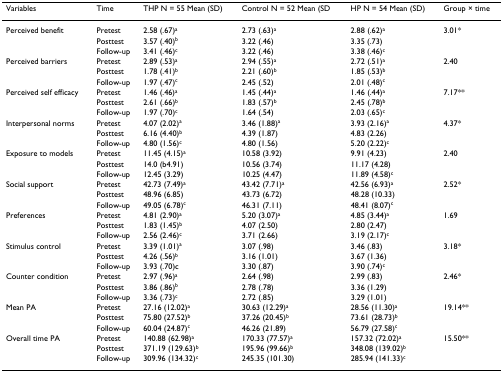
<table><thead><tr><td><b>Variables</b></td><td><b>Time</b></td><td><b>THP N = 55 Mean (SD)</b></td><td><b>Control N = 52 Mean (SD</b></td><td><b>HP N = 54 Mean (SD)</b></td><td><b>Group × time</b></td></tr></thead><tbody><tr><td>Perceived benefit</td><td>Pretest</td><td>2.58 (.67)<sup>a</sup></td><td>2.73 (.63)<sup>a</sup></td><td>2.88 (.62)<sup>a</sup></td><td>3.01*</td></tr><tr><td>[EMPTY_CELL]</td><td>Posttest</td><td>3.57 (.40)<sup>b</sup></td><td>3.22 (.46)</td><td>3.35 (.73)</td><td>[EMPTY_CELL]</td></tr><tr><td>[EMPTY_CELL]</td><td>Follow-up</td><td>3.41 (.46)<sup>c</sup></td><td>3.22 (.46)</td><td>3.38 (.46)<sup>c</sup></td><td>[EMPTY_CELL]</td></tr><tr><td>Perceived barriers</td><td>Pretest</td><td>2.89 (.53)<sup>a</sup></td><td>2.94 (.55)<sup>a</sup></td><td>2.72 (.51)<sup>a</sup></td><td>2.40</td></tr><tr><td>[EMPTY_CELL]</td><td>Posttest</td><td>1.78 (.41)<sup>b</sup></td><td>2.21 (.60)<sup>b</sup></td><td>1.85 (.53)<sup>b</sup></td><td>[EMPTY_CELL]</td></tr><tr><td>[EMPTY_CELL]</td><td>Follow-up</td><td>1.97 (.47)<sup>c</sup></td><td>2.45 (.52)</td><td>2.01 (.48)<sup>c</sup></td><td>[EMPTY_CELL]</td></tr><tr><td>Perceived self efficacy</td><td>Pretest</td><td>1.46 (.46)<sup>a</sup></td><td>1.45 (.44)<sup>a</sup></td><td>1.46 (.44)<sup>a</sup></td><td>7.17**</td></tr><tr><td>[EMPTY_CELL]</td><td>Posttest</td><td>2.61 (.66)<sup>b</sup></td><td>1.83 (.57)<sup>b</sup></td><td>2.45 (.78)<sup>b</sup></td><td>[EMPTY_CELL]</td></tr><tr><td>[EMPTY_CELL]</td><td>Follow-up</td><td>1.97 (.70)<sup>c</sup></td><td>1.64 (.54)</td><td>2.03 (.65)<sup>c</sup></td><td>[EMPTY_CELL]</td></tr><tr><td>Interpersonal norms</td><td>Pretest</td><td>4.07 (2.02)<sup>a</sup></td><td>3.46 (1.88)<sup>a</sup></td><td>3.93 (2.16)<sup>a</sup></td><td>4.37*</td></tr><tr><td>[EMPTY_CELL]</td><td>Posttest</td><td>6.16 (4.40)<sup>b</sup></td><td>4.39 (1.87)</td><td>4.83 (2.26)</td><td>[EMPTY_CELL]</td></tr><tr><td>[EMPTY_CELL]</td><td>Follow-up</td><td>4.80 (1.56)<sup>c</sup></td><td>4.80 (1.56)</td><td>5.20 (2.22)<sup>c</sup></td><td>[EMPTY_CELL]</td></tr><tr><td>Exposure to models</td><td>Pretest</td><td>11.45 (4.15)<sup>a</sup></td><td>10.58 (3.92)</td><td>9.91 (4.23)</td><td>2.40</td></tr><tr><td>[EMPTY_CELL]</td><td>Posttest</td><td>14.0 (b4.91)</td><td>10.56 (3.74)</td><td>11.17 (4.28)</td><td>[EMPTY_CELL]</td></tr><tr><td>[EMPTY_CELL]</td><td>Follow-up</td><td>12.45 (3.29)</td><td>10.25 (4.47)</td><td>11.89 (4.58)<sup>c</sup></td><td>[EMPTY_CELL]</td></tr><tr><td>Social support</td><td>Pretest</td><td>42.73 (7.49)<sup>a</sup></td><td>43.42 (7.71)<sup>a</sup></td><td>42.56 (6.93)<sup>a</sup></td><td>2.52*</td></tr><tr><td>[EMPTY_CELL]</td><td>Posttest</td><td>48.96 (6.85)</td><td>43.73 (6.72)</td><td>48.28 (10.33)</td><td>[EMPTY_CELL]</td></tr><tr><td>[EMPTY_CELL]</td><td>Follow-up</td><td>49.05 (6.78)<sup>c</sup></td><td>46.31 (7.11)</td><td>48.41 (8.07)<sup>c</sup></td><td>[EMPTY_CELL]</td></tr><tr><td>Preferences</td><td>Pretest</td><td>4.81 (2.90)<sup>a</sup></td><td>5.20 (3.07)<sup>a</sup></td><td>4.85 (3.44)<sup>a</sup></td><td>1.69</td></tr><tr><td>[EMPTY_CELL]</td><td>Posttest</td><td>1.83 (1.45)<sup>b</sup></td><td>4.07 (2.50)</td><td>2.80 (2.47)</td><td>[EMPTY_CELL]</td></tr><tr><td>[EMPTY_CELL]</td><td>Follow-up</td><td>2.56 (2.46)<sup>c</sup></td><td>3.71 (2.66)</td><td>3.19 (2.17)<sup>c</sup></td><td>[EMPTY_CELL]</td></tr><tr><td>Stimulus control</td><td>Pretest</td><td>3.39 (1.01)<sup>a</sup></td><td>3.07 (.98)</td><td>3.46 (.83)</td><td>3.18*</td></tr><tr><td>[EMPTY_CELL]</td><td>Posttest</td><td>4.26 (.56)<sup>b</sup></td><td>3.16 (1.01)</td><td>3.67 (1.36)</td><td>[EMPTY_CELL]</td></tr><tr><td>[EMPTY_CELL]</td><td>Follow-up</td><td>3.93 (.70)c</td><td>3.30 (.87)</td><td>3.90 (.74)<sup>c</sup></td><td>[EMPTY_CELL]</td></tr><tr><td>Counter condition</td><td>Pretest</td><td>2.97 (.96)<sup>a</sup></td><td>2.64 (.98)</td><td>2.99 (.83)</td><td>2.46*</td></tr><tr><td>[EMPTY_CELL]</td><td>Posttest</td><td>3.86 (.86)<sup>b</sup></td><td>2.78 (.78)</td><td>3.36 (1.29)</td><td>[EMPTY_CELL]</td></tr><tr><td>[EMPTY_CELL]</td><td>Follow-up</td><td>3.36 (.73)<sup>c</sup></td><td>2.72 (.85)</td><td>3.29 (1.01)</td><td>[EMPTY_CELL]</td></tr><tr><td>Mean PA</td><td>Pretest</td><td>27.16 (12.02)<sup>a</sup></td><td>30.63 (12.29)<sup>a</sup></td><td>28.56 (11.30)<sup>a</sup></td><td>19.14**</td></tr><tr><td>[EMPTY_CELL]</td><td>Posttest</td><td>75.80 (27.52)<sup>b</sup></td><td>37.26 (20.45)<sup>b</sup></td><td>73.61 (28.73)<sup>b</sup></td><td>[EMPTY_CELL]</td></tr><tr><td>[EMPTY_CELL]</td><td>Follow-up</td><td>60.04 (24.87)<sup>c</sup></td><td>46.26 (21.89)</td><td>56.79 (27.58)<sup>c</sup></td><td>[EMPTY_CELL]</td></tr><tr><td>Overall time PA</td><td>Pretest</td><td>140.88 (62.98)<sup>a</sup></td><td>170.33 (77.57)<sup>a</sup></td><td>157.32 (72.02)<sup>a</sup></td><td>15.50**</td></tr><tr><td>[EMPTY_CELL]</td><td>Posttest</td><td>371.19 (129.63)<sup>b</sup></td><td>195.96 (99.66)<sup>b</sup></td><td>348.08 (139.02)<sup>b</sup></td><td>[EMPTY_CELL]</td></tr><tr><td>[EMPTY_CELL]</td><td>Follow-up</td><td>309.96 (134.32)<sup>c</sup></td><td>245.35 (101.30)</td><td>285.94 (141.33)<sup>c</sup></td><td>[EMPTY_CELL]</td></tr></tbody></table>